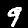
Label: 9